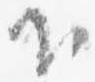
下